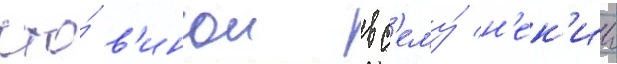
что́ в'инои вс'ему́ н'ек'ии